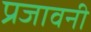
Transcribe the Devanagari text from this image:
प्रजावनी